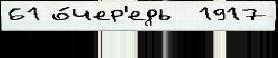
61 о́чер'едь  1917